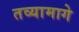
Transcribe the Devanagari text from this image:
तव्यामागे